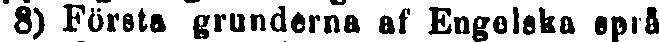
8) Första grunderna af Engelska språ-